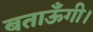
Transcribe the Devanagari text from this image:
बताऊँगी।